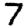
Digit: 7